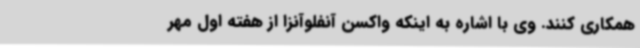
همکاری کنند. وی با اشاره به اینکه واکسن آنفلوآنزا از هفته اول مهر